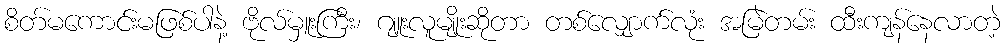
စိတ်မကောင်းမဖြစ်ပါနဲ့ ဗိုလ်မှူးကြီး၊ ဂျူးလူမျိုးဆိုတာ တစ်လျှောက်လုံး အမြဲတမ်း ထီးကျန်နေလာတဲ့